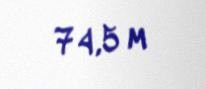
74,5 m